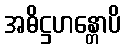
အဓိဋ္ဌဟန္တောပိ